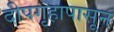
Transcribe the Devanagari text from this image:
दीपगृहापासून